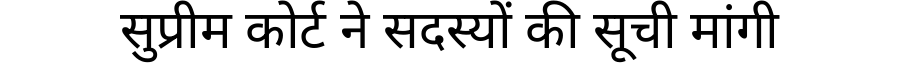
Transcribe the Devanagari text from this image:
सुप्रीम कोर्ट ने सदस्यों की सूची मांगी